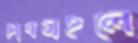
ছাত্রমহলে